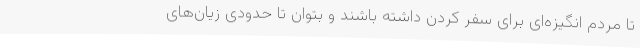
تا مردم انگیزه‌ای برای سفر کردن داشته باشند و بتوان تا حدودی زیان‌های